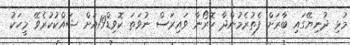
މުޅި ދުނިޔޭގައި ބާރަށް ފެތުރެމުންދާ ކޮރޯނާ ވައިރަސް ނުވަތަ ކޮވިޑް19އަށް ޝައްކުކުރެވޭ މީހަކު